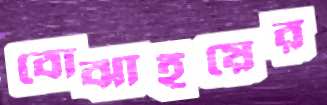
বোঝাইয়ের